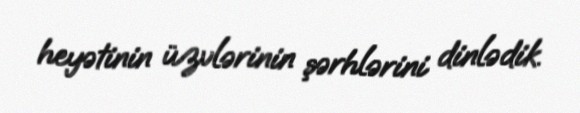
heyətinin üzvlərinin şərhlərini dinlədik.